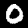
Digit: 0